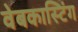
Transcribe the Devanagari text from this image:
वेबकास्टिंग